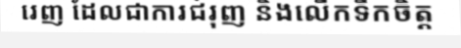
រេញ ដែលជាការជំរុញ និងលើកទឹកចិត្ត